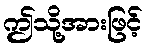
ဤသို့အားဖြင့်